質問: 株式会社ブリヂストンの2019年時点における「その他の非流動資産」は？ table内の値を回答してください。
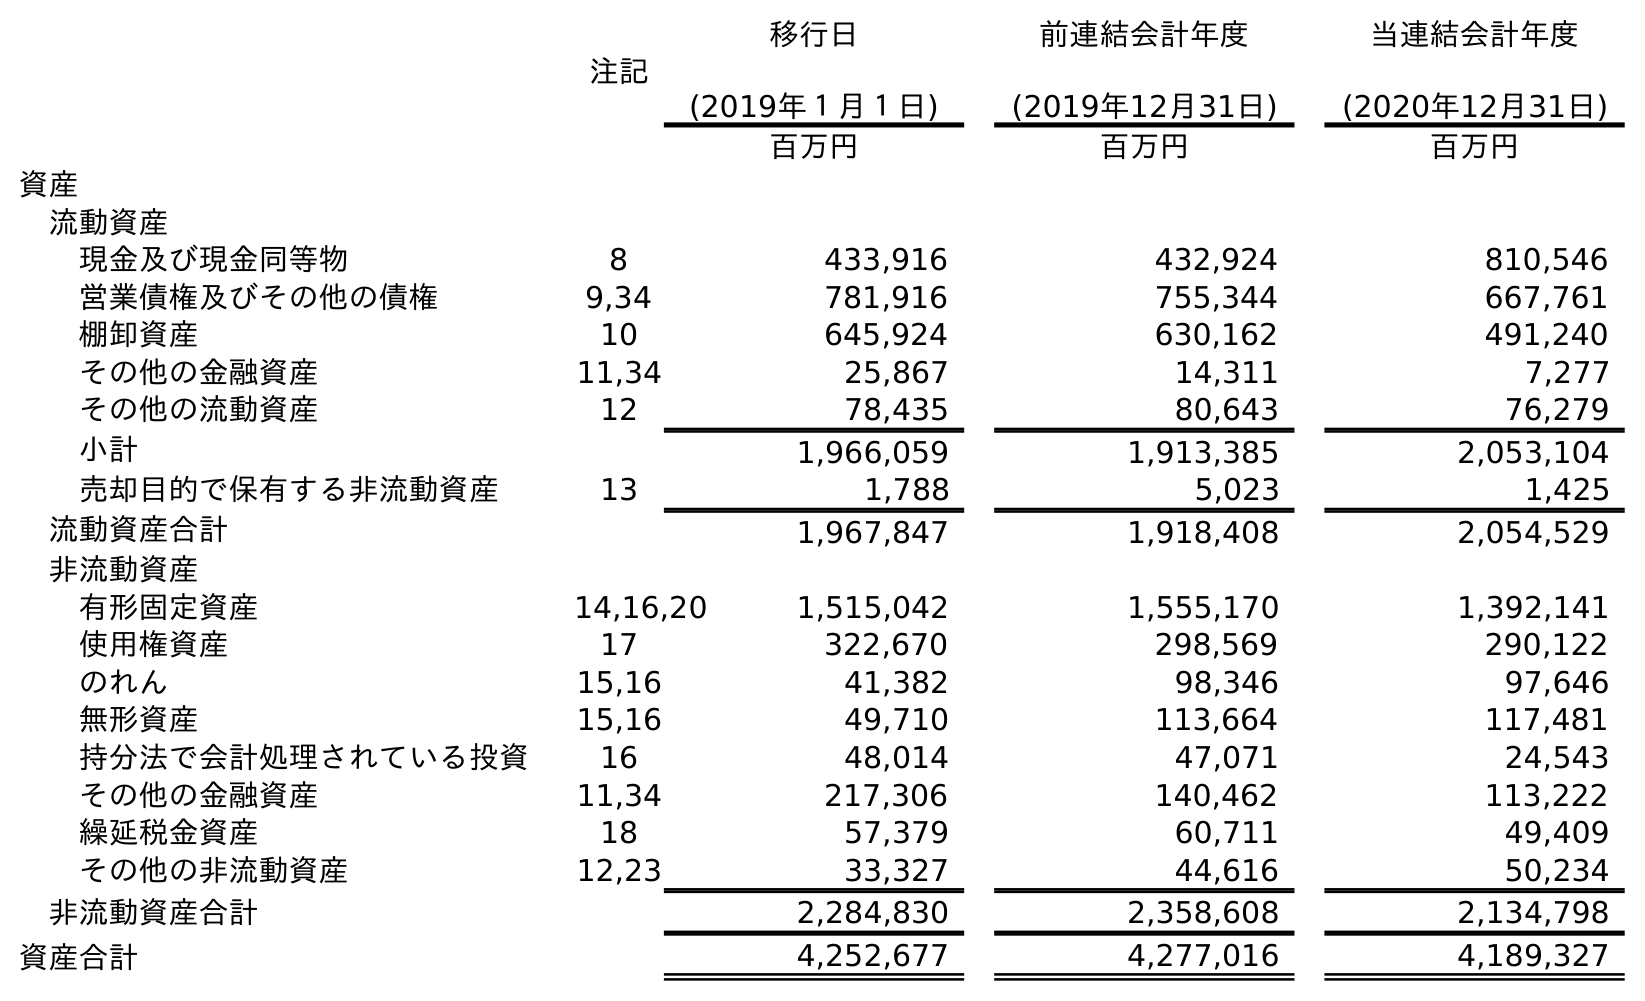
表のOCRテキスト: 注記 移行日 (2019年１月１日) 前連結会計年度 (2019年12月31日) 当連結会計年度 (2020年12月31日) 百万円 百万円 百万円 資産 流動資産 現金及び現金同等物 8 433,916 432,924 810,546 営業債権及びその他の債権 9,34 781,916 755,344 667,761 棚卸資産 10 645,924 630,162 491,240 その他の金融資産 11,34 25,867 14,311 7,277 その他の流動資産 12 78,435 80,643 76,279 小計 1,966,059 1,913,385 2,053,104 売却目的で保有する非流動資産 13 1,788 5,023 1,425 流動資産合計 1,967,847 1,918,408 2,054,529 非流動資産 有形固定資産 14,16,20 1,515,042 1,555,170 1,392,141 使用権資産 17 322,670 298,569 290,122 のれん 15,16 41,382 98,346 97,646 無形資産 15,16 49,710 113,664 117,481 持分法で会計処理されている投資 16 48,014 47,071 24,543 その他の金融資産 11,34 217,306 140,462 113,222 繰延税金資産 18 57,379 60,711 49,409 その他の非流動資産 12,23 33,327 44,616 50,234 非流動資産合計 2,284,830 2,358,608 2,134,798 資産合計 4,252,677 4,277,016 4,189,327
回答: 44,616